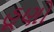
હૂણો